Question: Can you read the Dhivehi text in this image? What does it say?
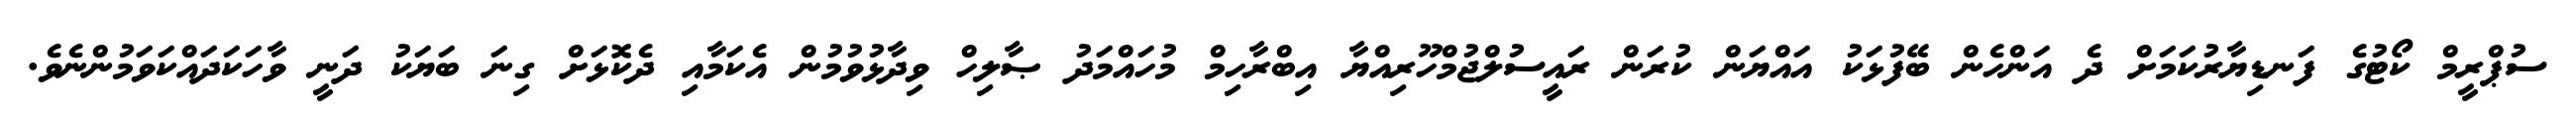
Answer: ސުޕްރީމް ކޯޓުގެ ފަނޑިޔާރުކަމަށް ދެ އަންހެން ބޭފުޅަކު އައްޔަން ކުރަން ރައީސުލްޖުމްހޫރިއްޔާ އިބްރާހިމް މުހައްމަދު ޞާލިހް ވިދާޅުވުމުން އެކަމާއި ދެކޮޅަށް ގިނަ ބަޔަކު ދަނީ ވާހަކަދައްކަވަމުންނެވެ.